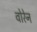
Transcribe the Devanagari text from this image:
वोरेन